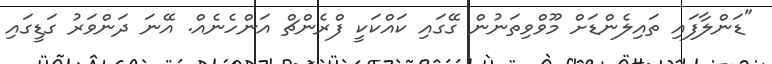
"ޑަންލާފައި ތައިލެންޑަށް މޫވްވިތަނުން ގޭގައި ކައްކަކީ ފްރެންޗް އަންހެނެއް. އޭނަ ދަންވަރު ގަޑީގައި